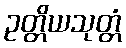
ဥတ္တိယသုတ္တံ